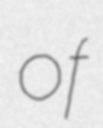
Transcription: of